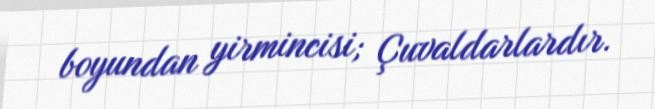
boyundan yirmincisi; Çuvaldarlardır.